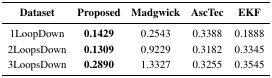
<table><thead><tr><td><b>Dataset</b></td><td><b>Proposed</b></td><td><b>Madgwick</b></td><td><b>AscTec</b></td><td><b>EKF</b></td></tr></thead><tbody><tr><td>1LoopDown</td><td><b>0.1429</b></td><td>0.2543</td><td>0.3388</td><td>0.1888</td></tr><tr><td>2LoopsDown</td><td><b>0.1309</b></td><td>0.9229</td><td>0.3182</td><td>0.3345</td></tr><tr><td>3LoopsDown</td><td><b>0.2890</b></td><td>1.3327</td><td>0.3255</td><td>0.3545</td></tr></tbody></table>